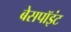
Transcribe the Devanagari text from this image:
बेसपॉइंट